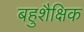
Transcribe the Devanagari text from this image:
बहुशैक्षिक